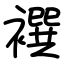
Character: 襈